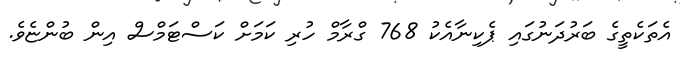
އެތަކެތީގެ ބަރުދަނުގައި ޕެކިނާއެކު 768 ގްރާމް ހުރި ކަމަށް ކަސްޓަމްސް އިން ބުންޏެވެ.